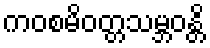
ကဝစမိဝတ္တသမ္ဘဝန္တိ